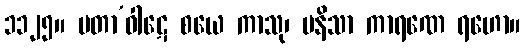
၁၁၂၅။ မတာ’ဝါဋေ စယေ ကာသု၊ ပနိသာ ကာရဏေ ရဟော။